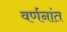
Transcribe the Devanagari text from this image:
वर्णनांत